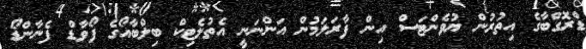
ޑްރޮގްބާގެ އިތުރުން ޔުވެންޓަސް އިން ފާރަލަމުން އަންނަނީ އެތުލެޓިކް ބިލްބާއޯގެ ފޯވާޑް ފެނާންޑޯ